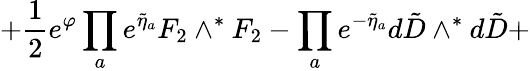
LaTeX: \left.+\frac{1}{2}e^{\varphi}\prod_{a}e^{\widetilde\eta_{a}}{F}_{2}\wedge^{*}{F}_{2}-\prod_{a}e^{-\widetilde\eta_{a}}d{\tilde{D}}\wedge^{*}d{\tilde{D}}+\right.